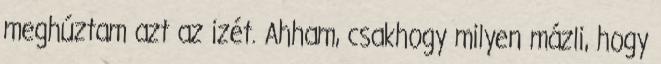
meghúztam azt az izét. Ahham, csakhogy milyen mázli, hogy